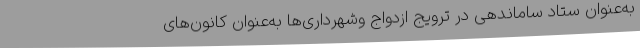
به‌عنوان ستاد ساماندهی در ترویج ازدواج وشهرداری‌ها به‌عنوان کانون‌های